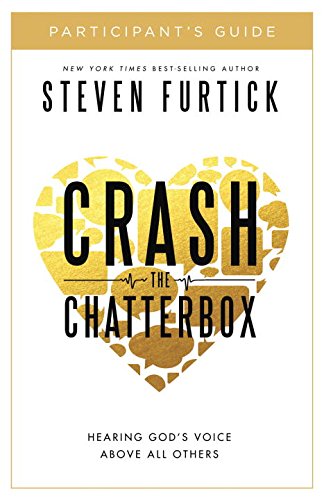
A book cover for Crash the Chatterbox Participant's Guide: Hearing God's Voice Above All Others; Steven Furtick; Christian Books & Bibles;